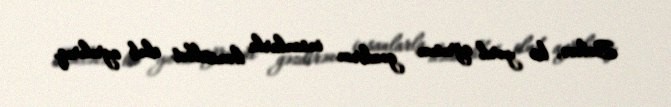
Beləcə, bu yurd ağrısını gəzdirən insanlarla həmsöhbət olub ayrılırıq.